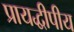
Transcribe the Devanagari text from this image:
प्रायद्धीपीय